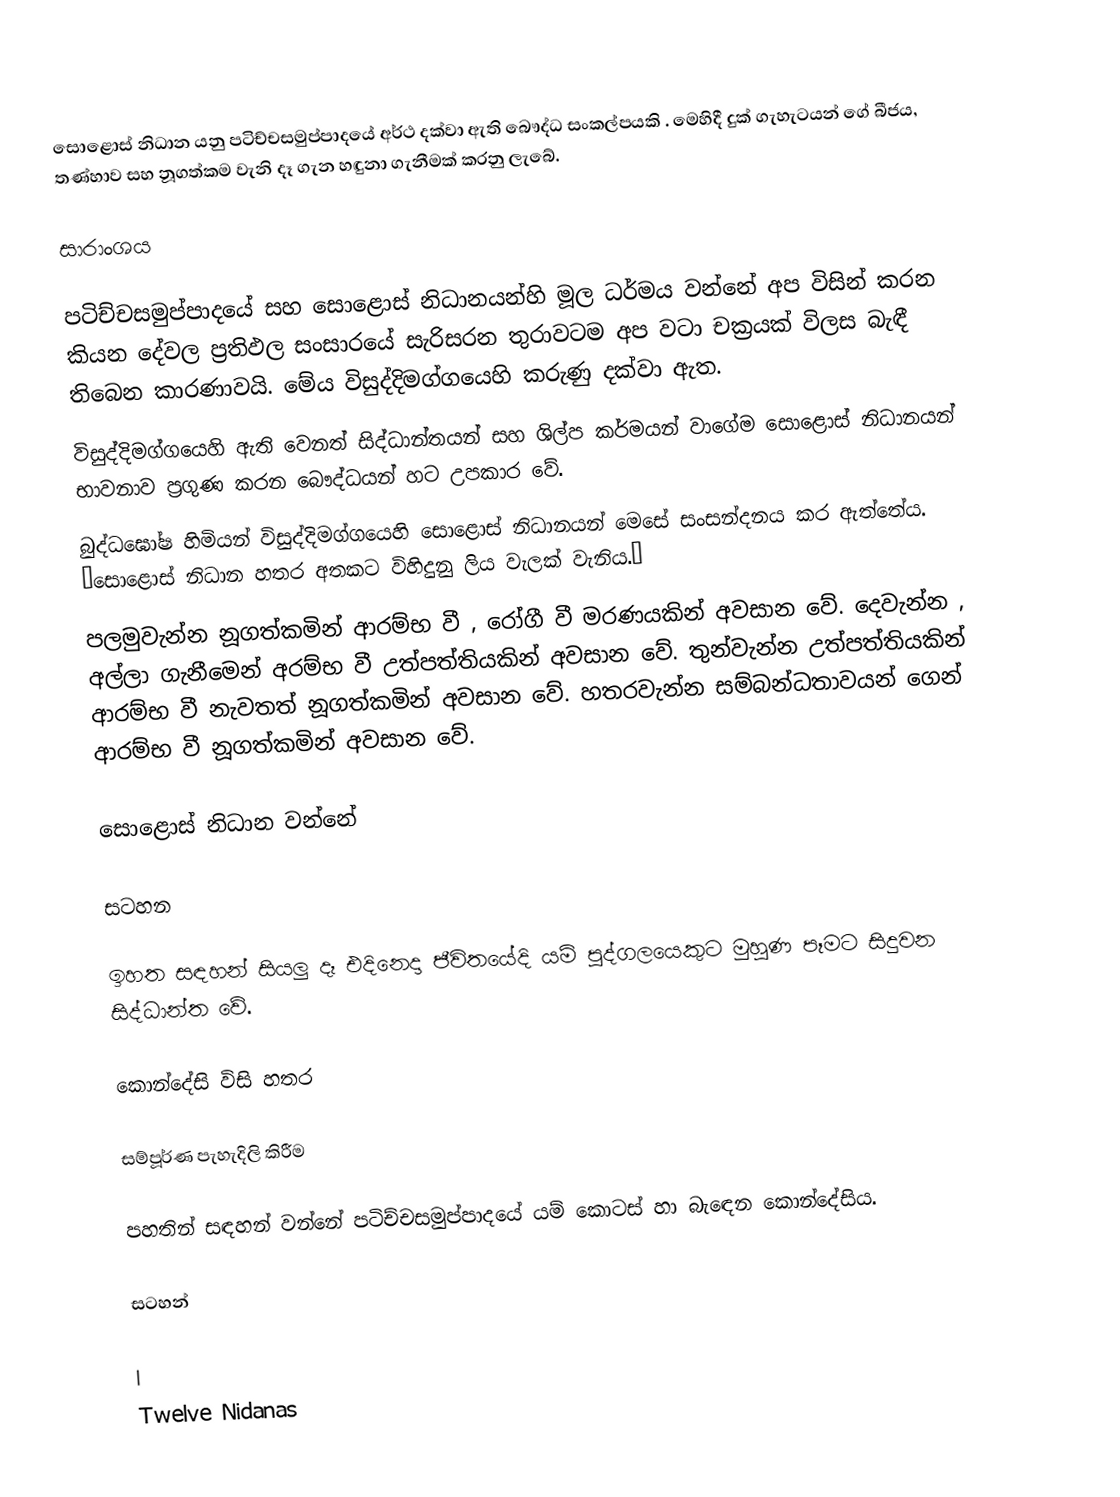
සොළොස් නිධාන යනු පටිච්චසමුප්පාදයේ අර්ථ දක්වා ඇති බෞද්ධ සංකල්පයකි . මෙහිදී දුක් ගැහැටයන් ගේ බීජය‚ තණ්හාව සහ නූගත්කම වැනි දෑ ගැන හඳුනා ගැනීමක් කරනු ලැබේ.

සාරාංශය

පටිච්චසමුප්පාදයේ සහ සොළොස් නිධානයන්හි මූල ධර්මය වන්නේ අප විසින් කරන කියන දේවල ප්‍රතිඵල සංසාරයේ සැරිසරන තුරාවටම අප වටා චක්‍රයක් විලස බැඳී තිබෙන කාරණාවයි. මේය විසුද්දිමග්ගයෙහි කරුණු දක්වා ඇත.
විසුද්දිමග්ගයෙහි ඇති වෙනත් සිද්ධාන්තයන් සහ ශිල්ප කර්මයන් වාගේම සොළොස් නිධානයන් භාවනාව ප්‍රගුණ කරන බෞද්ධයන් හට උපකාර වේ.
බුද්ධඝෝෂ හිමියන් විසුද්දිමග්ගයෙහි සොළොස් නිධානයන් මෙසේ සංසන්දනය කර ඇත්තේය. “සොළොස් නිධාන හතර අතකට විහිදුනු ලිය වැලක් වැනිය.”
පලමුවැන්න නූගත්කමින් ආරම්භ වී ‚ රෝගී වී මරණයකින් අවසාන වේ. දෙවැන්න ‚ අල්ලා ගැනීමෙන් අරම්භ වී උත්පත්තියකින් අවසාන වේ. තුන්වැන්න උත්පත්තියකින් ආරම්භ වී නැවතත් නූගත්කමින් අවසාන වේ. හතරවැන්න සම්බන්ධතාවයන් ගෙන් ආරම්භ වී නූගත්කමින් අවසාන වේ.

සොළොස් නිධාන වන්නේ

සටහන

ඉහත සඳහන් සියලු දෑ එදිනෙදා ජීවිතයේදි යම් පුද්ගලයෙකුට මුහුණ පෑමට සිදුවන සිද්ධාන්ත වේ.

කොන්දේසි විසි හතර

සම්පූර්ණ පැහැදිලි කිරීම

පහතින් සඳහන් වන්නේ පටිච්චසමුප්පාදයේ යම් කොටස් හා බැඳෙන කොන්දේසිය.

සටහන්

|
Twelve Nidanas